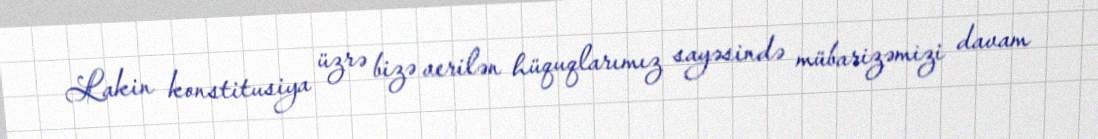
Lakin konstitusiya üzrə bizə verilən hüquqlarımız sayəsində mübarizəmizi davam